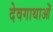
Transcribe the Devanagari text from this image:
देवगाथाओं